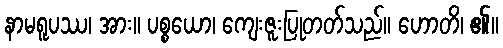
နာမရူပဿ၊ အား။ ပစ္စယော၊ ကျေးဇူးပြုတတ်သည်။ ဟောတိ၊ ၏။